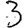
Digit: 3